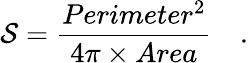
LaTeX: \mathcal{S}=\frac{Perimeter^{2}}{4\pi\times Area}\quad.